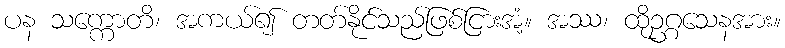
ပန သက္ကောတိ၊ အကယ်၍ တတ်နိုင်သည်ဖြစ်ငြားအံ့။ အဿ၊ ထိုဥဂ္ဂသေနအား။